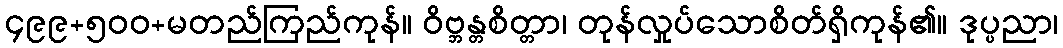
၄၉၉+၅၀၀+မတည်ကြည်ကုန်။ ဝိဗ္ဘန္တစိတ္တာ၊ တုန်လှုပ်သောစိတ်ရှိကုန်၏။ ဒုပ္ပညာ၊